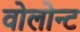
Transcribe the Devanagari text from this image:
वोलोन्ट